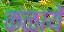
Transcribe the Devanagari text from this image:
कळायें